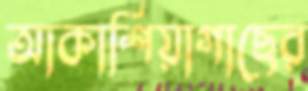
আকাশিয়াগাছের